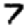
Digit: 7